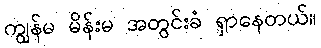
ကျွန်မ မိန်းမ အတွင်းခံ ရှာနေတယ်။